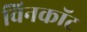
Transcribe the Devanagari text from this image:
विनकॉट